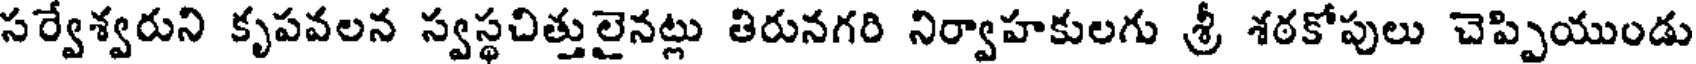
సర్వేశ్వరుని కృపవలన స్వస్థచిత్తులైనట్లు తిరునగరి నిర్వాహకులగు శ్రీ శఠకోపులు చెప్పియుండు